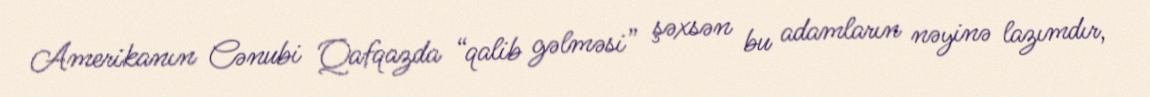
Amerikanın Cənubi Qafqazda “qalib gəlməsi” şəxsən bu adamların nəyinə lazımdır,